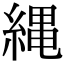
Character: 縄